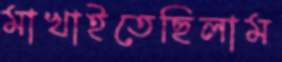
মাখাইতেছিলাম